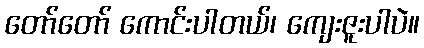
တော်တော် ကောင်းပါတယ်၊ ကျေးဇူးပါပဲ။